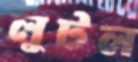
লুটল